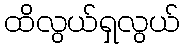
ထိလွယ်ရှလွယ်